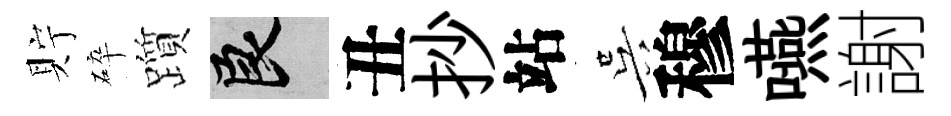
貯碎躓良丑抄站吴穆嚥謝